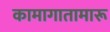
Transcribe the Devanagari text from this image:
कामागातामारू